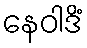
နေဝါဒိံ